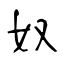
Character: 奴